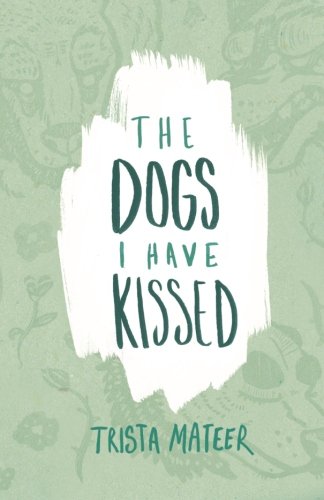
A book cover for The Dogs I Have Kissed; Trista Mateer; Literature & Fiction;